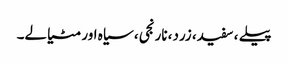
پیلے ، سفید، زرد، نارنجی، سیاہ اور مٹیالے۔